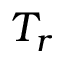
T _ { r }